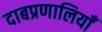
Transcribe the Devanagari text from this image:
दाबप्रणालियाँ